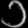
Digit: ၁